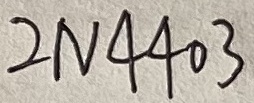
Text: 2N4403